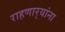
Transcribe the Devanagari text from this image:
राहणार्‍यांना